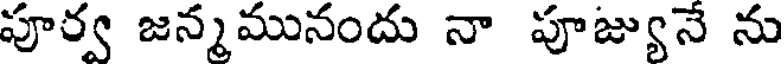
పూర్వ జన్మమునందు నా పూజ్యునే ను